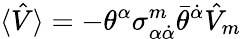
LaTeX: \langle\hat{V}\rangle=-\theta^{\alpha}\sigma_{\alpha\dot{\alpha}}^{m}\bar{\theta}^{\dot{\alpha}}\hat{V}_{m}